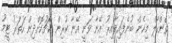
ވެންހާލް މިހެން ބުނެފައިވާއިރު އޭނާ ވަނީ އޭނާ ކުރިން ކޯޗުކޮށްދިން ހަތަރު ޓީމު